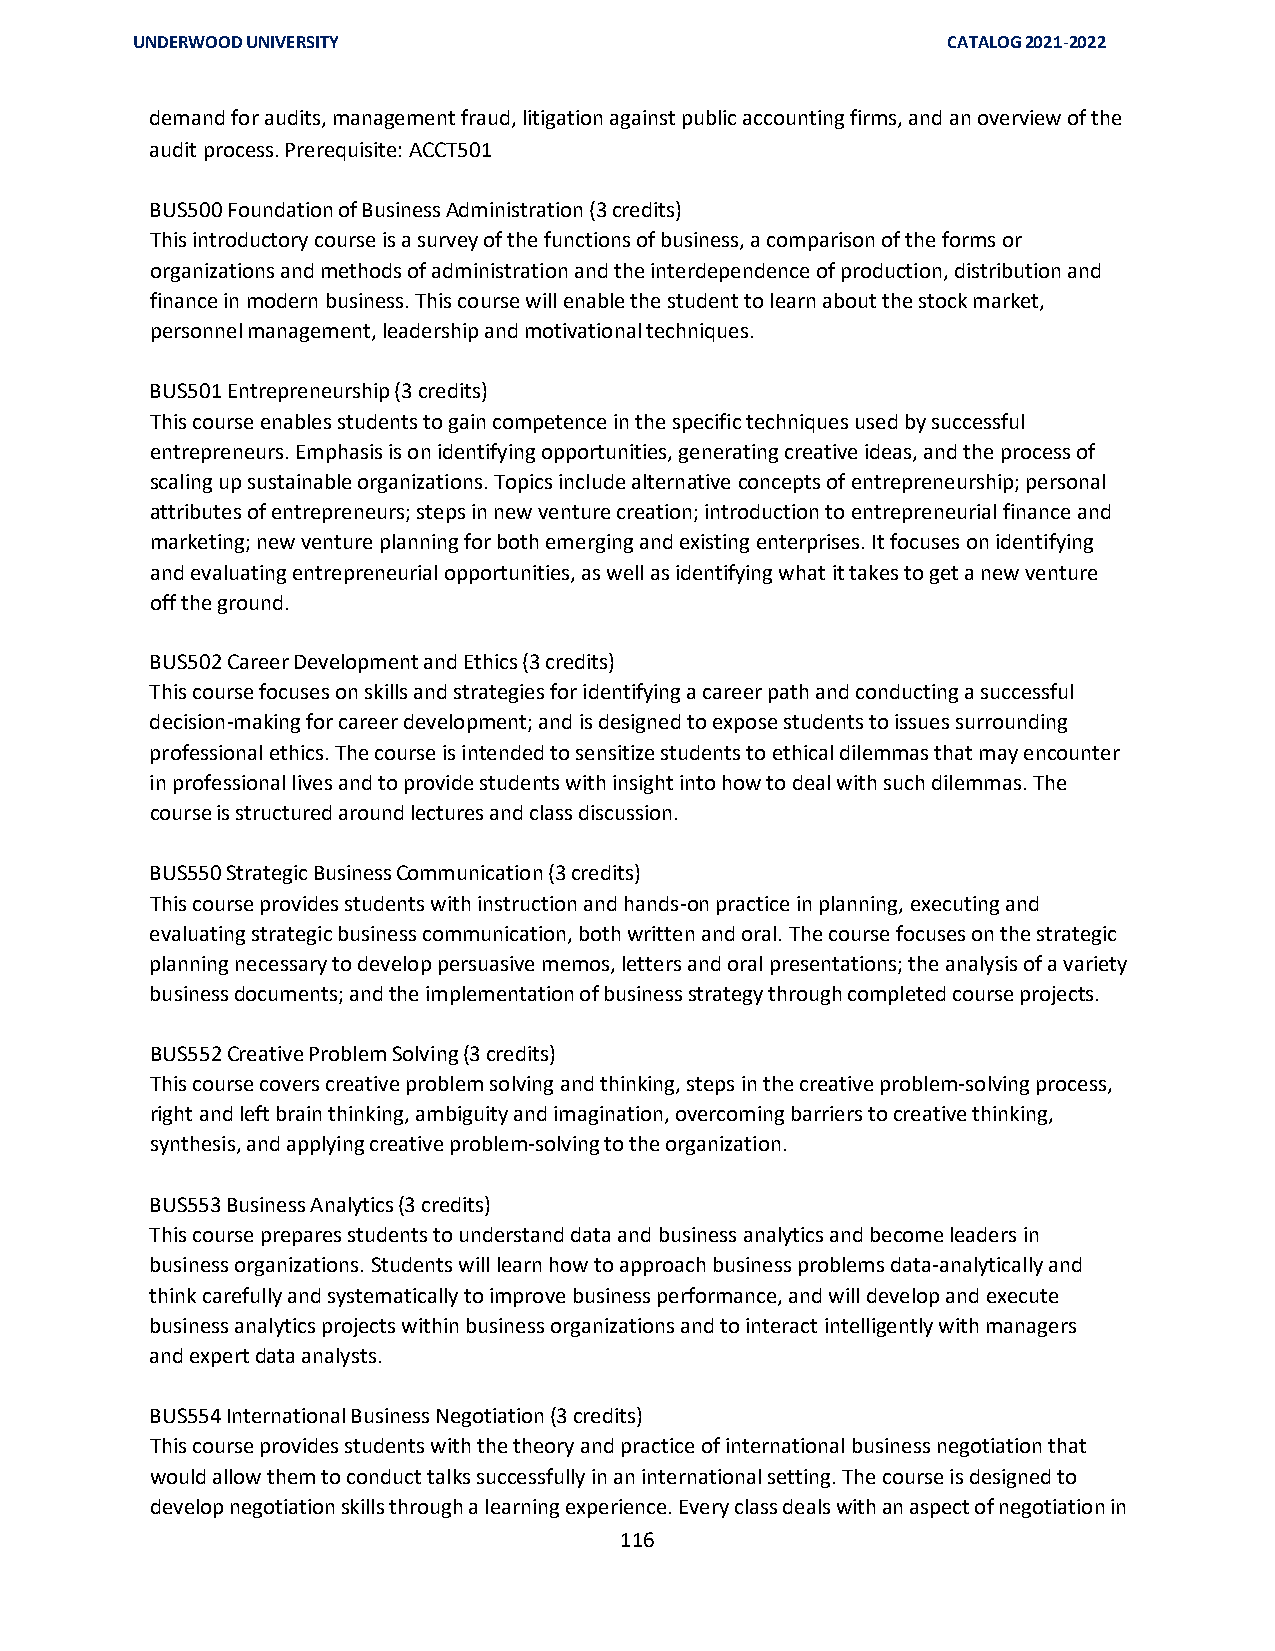
UNDERWOOD UNIVERSITY                                  CATALOG 2021-2022
 demand for audits, management fraud, litigation against public accounting firms, and an overview of the
 audit process. Prerequisite: ACCT501
 BUS500 Foundation of Business Administration (3 credits)
 This introductory course is a survey of the functions of business, a comparison of the forms or
 organizations and methods of administration and the interdependence of production, distribution and
 finance in modern business. This course will enable the student to learn about the stock market,
 personnel management, leadership and motivational techniques.
 BUS501 Entrepreneurship (3 credits)
 This course enables students to gain competence in the specific techniques used by successful
 entrepreneurs. Emphasis is on identifying opportunities, generating creative ideas, and the process of
 scaling up sustainable organizations. Topics include alternative concepts of entrepreneurship; personal
 attributes of entrepreneurs; steps in new venture creation; introduction to entrepreneurial finance and
 marketing; new venture planning for both emerging and existing enterprises. It focuses on identifying
 and evaluating entrepreneurial opportunities, as well as identifying what it takes to get a new venture
 off the ground.
 BUS502 Career Development and Ethics (3 credits)
 This course focuses on skills and strategies for identifying a career path and conducting a successful
 decision-making for career development; and is designed to expose students to issues surrounding
 professional ethics. The course is intended to sensitize students to ethical dilemmas that may encounter
 in professional lives and to provide students with insight into how to deal with such dilemmas. The
 course is structured around lectures and class discussion.
 BUS550 Strategic Business Communication (3 credits)
 This course provides students with instruction and hands-on practice in planning, executing and
 evaluating strategic business communication, both written and oral. The course focuses on the strategic
 planning necessary to develop persuasive memos, letters and oral presentations; the analysis of a variety
 business documents; and the implementation of business strategy through completed course projects.
 BUS552 Creative Problem Solving (3 credits)
 This course covers creative problem solving and thinking, steps in the creative problem-solving process,
 right and left brain thinking, ambiguity and imagination, overcoming barriers to creative thinking,
 synthesis, and applying creative problem-solving to the organization.
 BUS553 Business Analytics (3 credits)
 This course prepares students to understand data and business analytics and become leaders in
 business organizations. Students will learn how to approach business problems data-analytically and
 think carefully and systematically to improve business performance, and will develop and execute
 business analytics projects within business organizations and to interact intelligently with managers
 and expert data analysts.
 BUS554 International Business Negotiation (3 credits)
 This course provides students with the theory and practice of international business negotiation that
 would allow them to conduct talks successfully in an international setting. The course is designed to
 develop negotiation skills through a learning experience. Every class deals with an aspect of negotiation in
 116